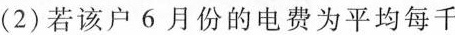
(2)若该户6月份的电费为平均每千